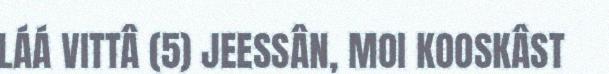
LÁÁ VITTÂ (5) JEESSÂN, MOI KOOSKÂST